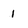
Character: 1